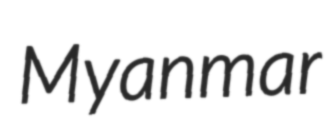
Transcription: Myanmar